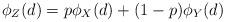
LaTeX: \begin{align*} \phi_Z(d)=p\phi_X(d)+(1-p)\phi_Y(d)\end{align*}